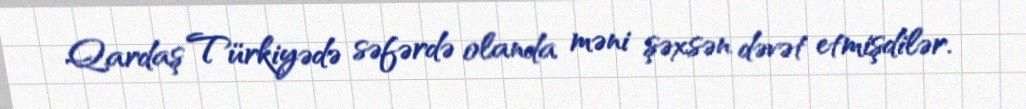
Qardaş Türkiyədə səfərdə olanda məni şəxsən dəvət etmişdilər.